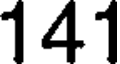
141